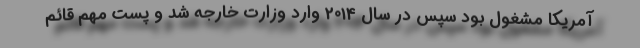
آمریکا مشغول بود سپس در سال 2014 وارد وزارت خارجه شد و پست مهم قائم